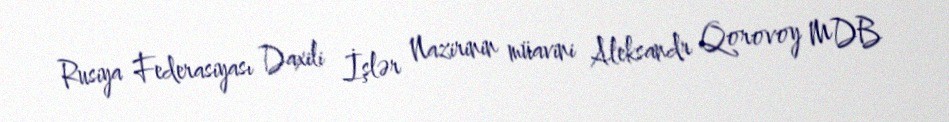
Rusiya Federasiyası Daxili İşlər Nazirinin müavini Aleksandr Qorovoy MDB